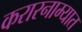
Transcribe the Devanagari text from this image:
करारनाम्यात